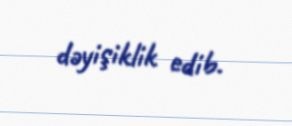
dəyişiklik edib.